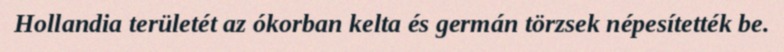
Hollandia területét az ókorban kelta és germán törzsek népesítették be.